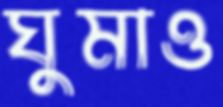
ঘুমাও